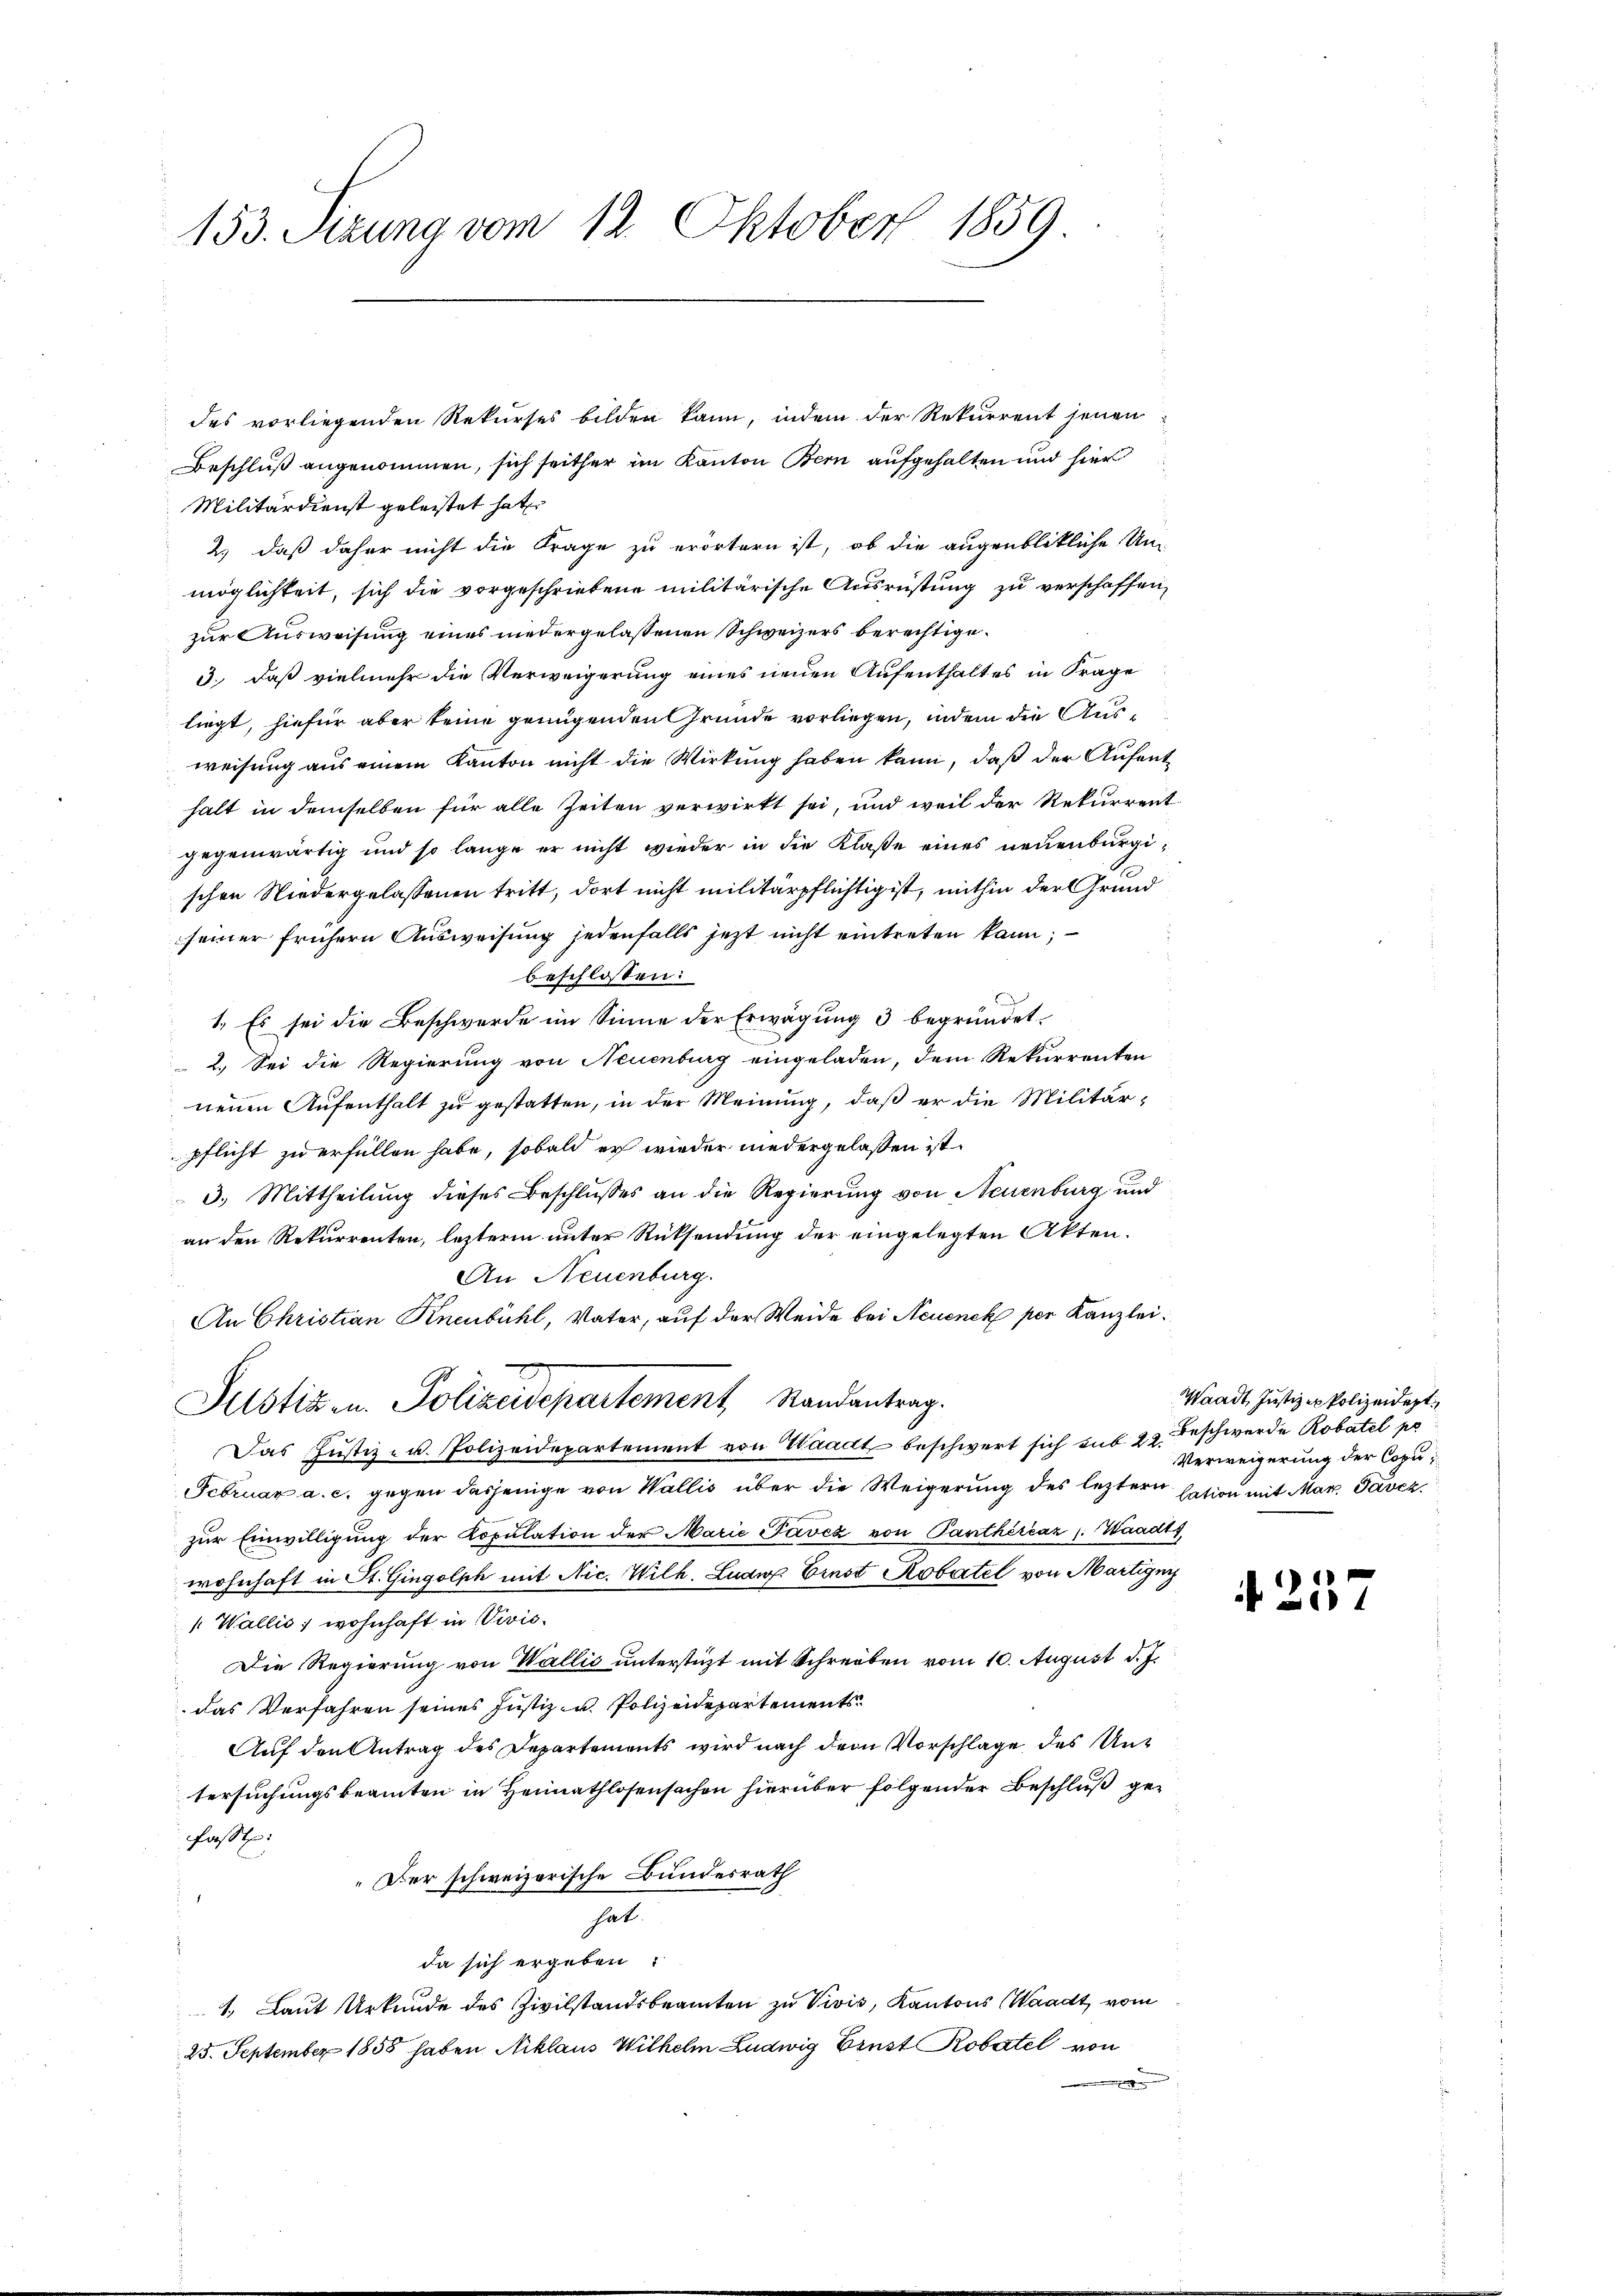
153. Setzung vom 12. Oktober 1859

des vorliegenden Rekurses bilden kann, indem der Rekurrent jenen
Beschluß angenommen, sich seither im Kanton Bern aufgehalten und hier
Militärdienst geleistet hat
2.) daß daher nicht die Frage zu erörtern ist, ob die augenblikliche Un-
möglichkeit, sich die vorgeschriebene militärische Ausrüstung zu verschaffen,
zur Ausweisung eines niedergelassenen Schweizers berechtige.
3.) daß vielmehr die Verweigerung eines neuen Aufenthaltes in Frage
liegt, hiefür aber keine genügenden Gründe vorliegen, indem die Ausweisung aus einem Kanton nicht die Wirkung haben kann, daß der Aufenthalt in demselben für alle Zeiten verwirkt sei, und weil der Rekurrent
gegenwärtig und so lange er nicht wieder in die Klaße eines neuenburgischen Niedergelassenen tritt, dort nicht militärpflichtig ist, mithin der Grund
seiner frühern Ausweisung jedenfalls jezt nicht eintreten kann;
beschlossen:
E
1. Es sei die Beschwerde im Sinne der Erwägung 3 begründet.
 2. Sei die Regierung von Neuenburg eingeladen, dem Rekurrenten
nenen Aufenthalt zu gestatten, in der Meinung, daß er die Militärpflicht zu erfüllen habe, sobald er wieder niedergelassen ist.
3.) Mittheilung dieses Beschlusses an die Regierung von Neuenburg und
an den Rekurrenten, lezteren unter Rücksendung der eingelegten Akten.
An Neuenburg.
An Christian Kneubühl, Vater, auf der Weide bei Neuenck per Kanzlei:
Justiz u. Polizeidepartement, Randantrag.
Das Justiz- u. Polizeidepartement von Waadt beschwert sich sub. 22. Beschwerde Robatel po
Februar a. c. gegen dasjenige von Wallis über die Weigerung des leztern sation mit Mar. Davez
zur Einwilligung der Kopulation der Marie Pavez von Panthèrčaz : Waadts
wohnhaft in St. Gingolph mit Nic. Wilh. Ludig. Einst Robatel von Martigny
Wallis, wohnhaft in Vivić.
Die Regierung von Wallis unterstüzt mit Schreiben vom 10. August d. J.
das Verfahren seines Justiz- u. Polizeidepartements
Auf den Antrag des Departements wird nach dem Vorschlage des Untersuchungsbeamten in Heimathlosensachen hierüber folgender Beschluß gefasst:
" Der schweizerische Bundesrath
hat.
da sich ergeben:
1. Laut Urkunde des Zivilstandsbeamten zu Vivis, Kantons Waadt vom
25. September 1855 haben Niklaus Wilhelm Ludwig Ernst Robatel von

Waadt, Justiz er Polizeidept.
Verweigerung der Copu

4257